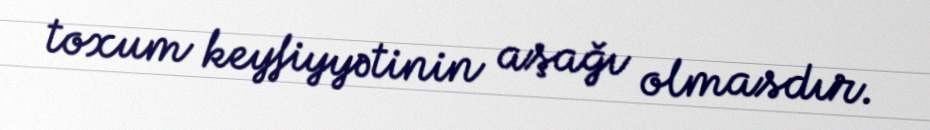
toxum keyfiyyətinin aşağı olmasdır.